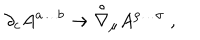
{ \partial } _ { c } A ^ { a \dots b } \rightarrow { \stackrel { \circ } { \nabla } } { } _ { \mu } A ^ { \rho \dots \sigma } \; ,